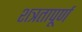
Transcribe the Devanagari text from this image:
शत्रतापूर्ण